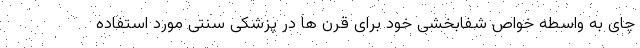
چای به واسطه خواص شفابخشی خود برای قرن ها در پزشکی سنتی مورد استفاده